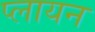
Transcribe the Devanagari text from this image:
प्लायन